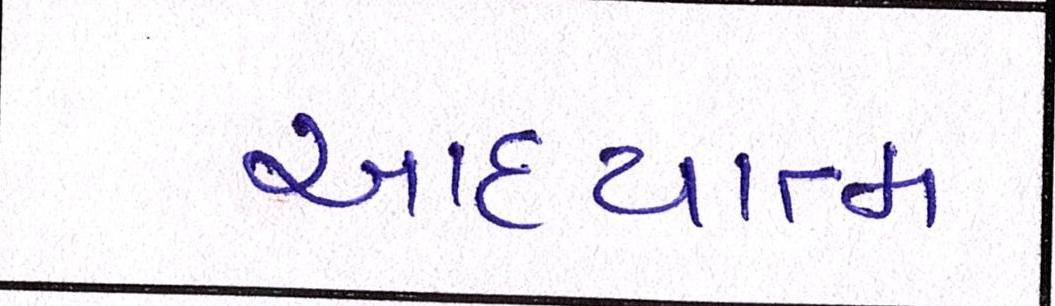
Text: આધ્યાત્મ